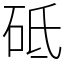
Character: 砥